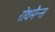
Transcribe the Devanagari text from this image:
रोथमैन्स